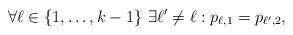
LaTeX: \begin{align*}\forall \ell \in \{1,\ldots,k-1\}~\exists \ell'\neq \ell: p_{\ell,1} = p_{\ell',2}, \end{align*}